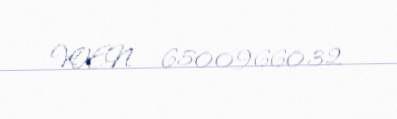
VOEN - 6500966032